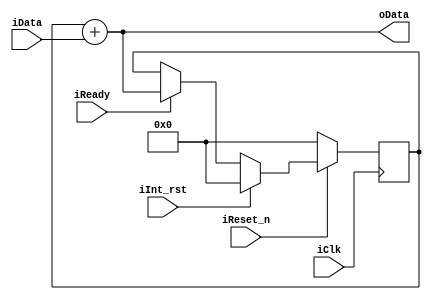
module iig_mac (
					//Input
					input					iClk,
					input					iReset_n,
					input					iInt_rst,
					input					iReady,
					input		[7:0]		iData,
					//Output
					output		[20:0]		oData
				);

//==================REGISTERS===========================
reg		[20:0]		pre_data;
//======================================================
//	COMBINATION
//======================================================
assign		oData	= pre_data + iData;
//======================================================
//	SEQUENCE
//======================================================
always @ (posedge iClk)
begin
	if (~iReset_n)
	begin
		pre_data <= 21'b0;
	end
	else
	begin
		if (iReady)
			pre_data <= oData;
		if (iInt_rst)
			pre_data <= 21'b0;
	end
end

endmodule